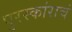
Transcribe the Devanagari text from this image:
पुरस्कांराचं